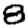
Digit: 8